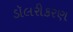
ડૉલરીકરણ